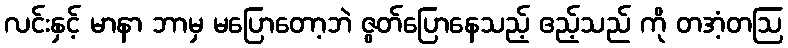
လင်းနှင့် မာနာ ဘာမှ မပြောတော့ဘဲ ဇွတ်ပြောနေသည့် ဧည့်သည် ကို တအံ့တဩ